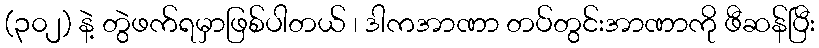
(၃၀၂) နဲ့ တွဲဖက်ရမှာဖြစ်ပါတယ် ၊ ဒါကအာဏာ တပ်တွင်းအာဏာကို ဖီဆန်ပြီး